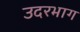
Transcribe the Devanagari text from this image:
उदरभाग